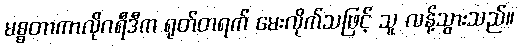
မစ္စတာကာလိုဂရီဒီက ရုတ်တရက် မေးလိုက်သဖြင့် သူ လန့်သွားသည်။